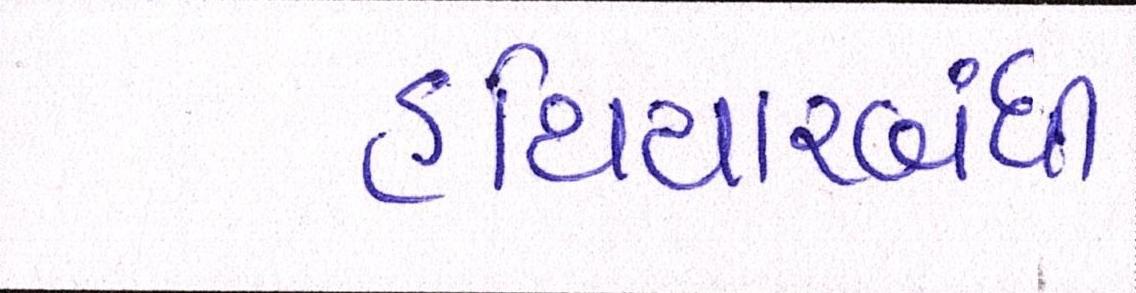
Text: હથિયારબંધી